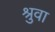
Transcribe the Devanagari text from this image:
श्रुवा